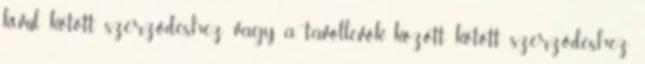
kívül kötött szerződéshez vagy a távollevők között kötött szerződéshez